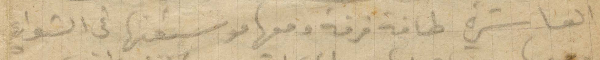
العاشرة طفة فرقة ومعها موسيقتها في الشوارع